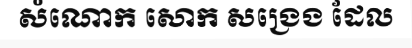
សំណោក សោក សង្រេង ដែល